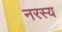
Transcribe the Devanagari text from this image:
नरस्य